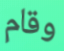
وقام